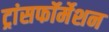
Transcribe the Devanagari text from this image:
ट्रांसफॉर्मेशन